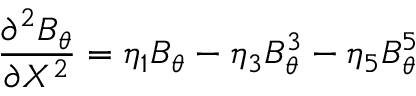
\frac { \partial ^ { 2 } B _ { \theta } } { \partial X ^ { 2 } } = \eta _ { 1 } B _ { \theta } - \eta _ { 3 } B _ { \theta } ^ { 3 } - \eta _ { 5 } B _ { \theta } ^ { 5 }